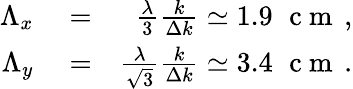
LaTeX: \begin{array}{rlr}{\Lambda_{x}}&{{}=}&{\frac{\lambda}{3}\frac{k}{\Delta k}\simeq 1.9\, \, \mathrm{~c~m~}\, ,}\\ {\Lambda_{y}}&{{}=}&{\frac{\lambda}{\sqrt{3}}\frac{k}{\Delta k}\simeq 3.4\, \, \mathrm{~c~m~}\, .}\end{array}